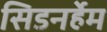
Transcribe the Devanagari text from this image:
सिडनर्हेम